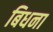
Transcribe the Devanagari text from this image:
बिधना